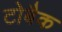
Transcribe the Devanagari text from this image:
टोबैक